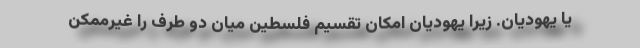
یا یهودیان. زیرا یهودیان امکان تقسیم فلسطین میان دو طرف را غیرممکن